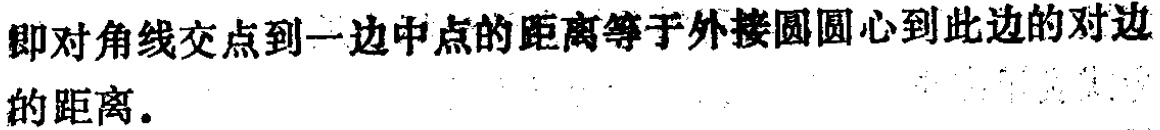
即对角线交点到一边中点的距离等于外接圆圆心到此边的对边的距离.